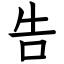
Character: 告